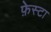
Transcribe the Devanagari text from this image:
फ़ेस्टा